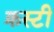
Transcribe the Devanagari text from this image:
क्रस्टी